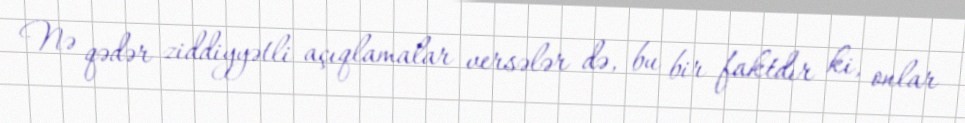
Nə qədər ziddiyyətli açıqlamalar versələr də, bu bir faktdır ki, onlar